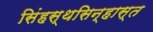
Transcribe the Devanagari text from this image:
सिंहस्थसिन्हास्त